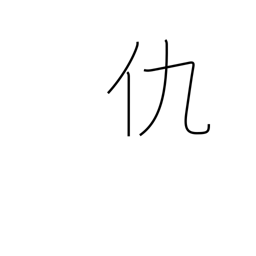
Meaning: enemy